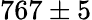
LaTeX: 767\pm 5